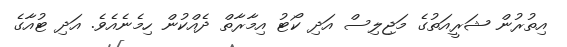
އިތުރުން ޝަރީއަތުގެ މަޖިލިސް އަދި ކޯޓު އިމާރާތް ދެއްކުން ހިމެނެއެވެ. އަދި ޓުއާގެ